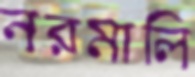
নরমালি